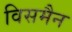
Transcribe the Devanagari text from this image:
विसमैन